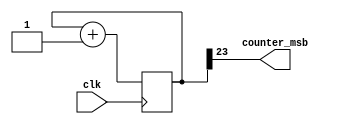
module counter(
         input clk,
         output counter_msb
       );
	reg [ 23: 0 ] internal_counter = 24'b0;

	assign counter_msb = internal_counter[ 23 ];

	always @( posedge clk ) begin
		internal_counter <= internal_counter + 1'b1;
	end
	
endmodule